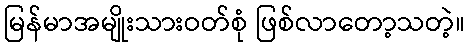
မြန်မာအမျိုးသားဝတ်စုံ ဖြစ်လာတော့သတဲ့။